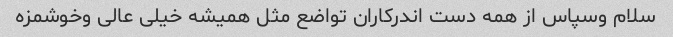
سلام وسپاس از همه دست اندرکاران تواضع مثل همیشه خیلی عالی وخوشمزه